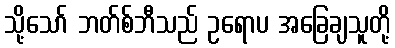
သို့သော် ဘတ်စ်ဘီသည် ဥရောပ အခြေချသူတို့